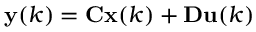
\mathbf { y } ( k ) = \mathbf { C } \mathbf { x } ( k ) + \mathbf { D } \mathbf { u } ( k )